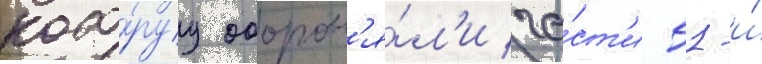
кото́руу оборон'я́л'и ча́ст'и 51-и́